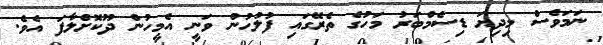
ނަމަވެސް މިދިޔަ ޑިސެމްބަރު މަހުގެ ތެރޭގައި ފުލުހުން ވަނީ އެމީހުން ދޫކޮށްލާފަ އެވެ.